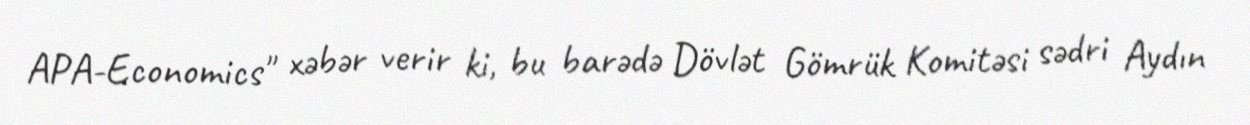
APA-Economics" xəbər verir ki, bu barədə Dövlət Gömrük Komitəsi sədri Aydın